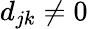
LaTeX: d_{jk}\neq 0